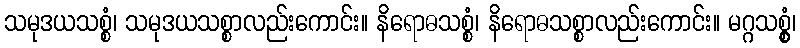
သမုဒယသစ္စံ၊ သမုဒယသစ္စာလည်းကောင်း။ နိရောဓသစ္စံ၊ နိရောဓသစ္စာလည်းကောင်း။ မဂ္ဂသစ္စွံ၊